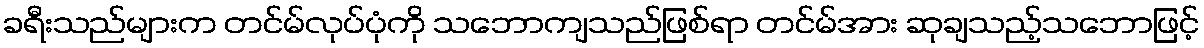
ခရီးသည်များက တင်မ်လုပ်ပုံကို သဘောကျသည်ဖြစ်ရာ တင်မ်အား ဆုချသည့်သဘောဖြင့်